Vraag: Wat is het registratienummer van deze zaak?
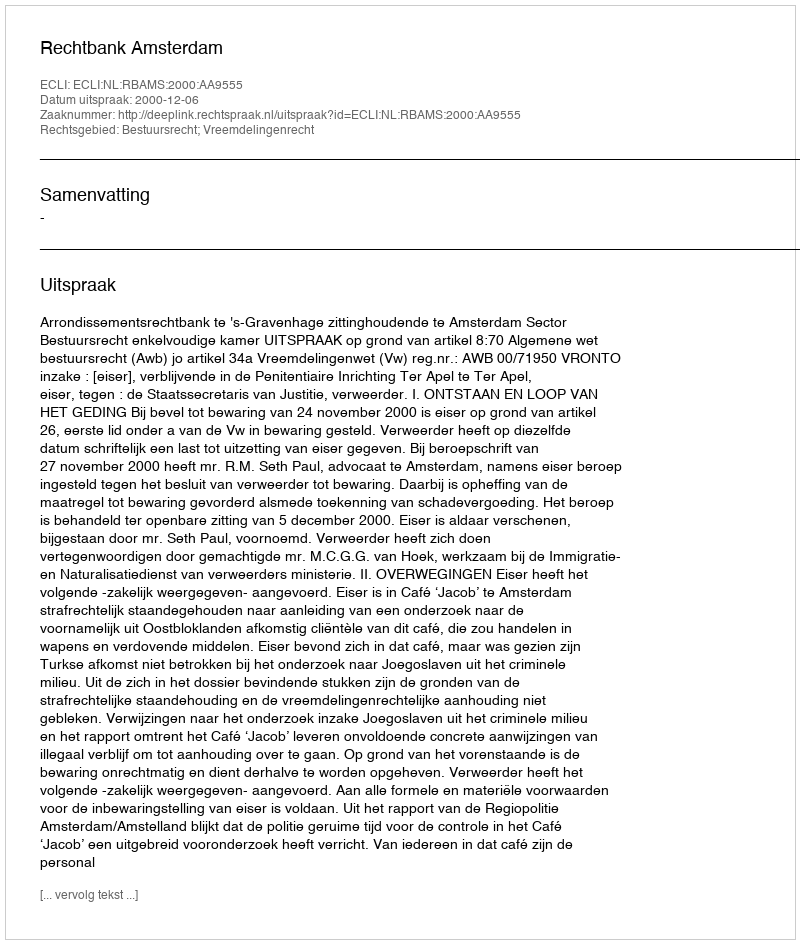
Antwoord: http://deeplink.rechtspraak.nl/uitspraak?id=ECLI:NL:RBAMS:2000:AA9555